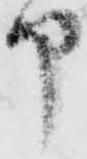
部